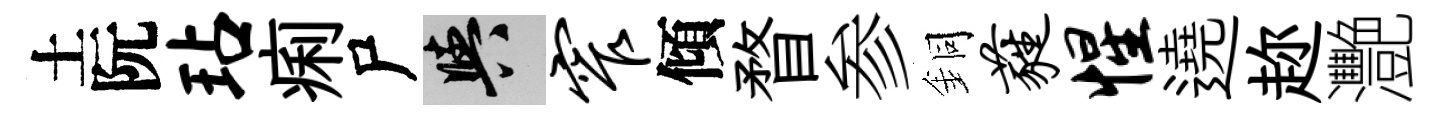
土阮玷痢尸阳窄傾瞀参銅蕤惺遶趂灧